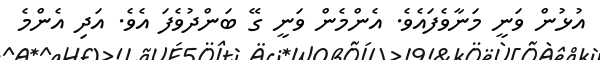
އުޅުން ވަނީ މަނާވެފައެވެ. އެންމެން ވަނީ ގޭ ބަންދުވެފަ އެވެ. އަދި އެންމެ